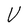
Character: V